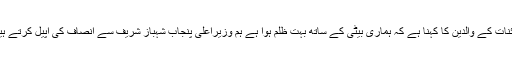
کائنات کے والدین کا کہنا ہے کہ ہماری بیٹی کے ساتھ بہت ظلم ہوا ہے ہم وزیراعلیٰ پنجاب شہباز شریف سے انصاف کی اپیل کرتے ہیں۔